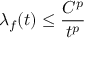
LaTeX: \lambda _ { f } ( t ) \leq { \frac { C ^ { p } } { t ^ { p } } }